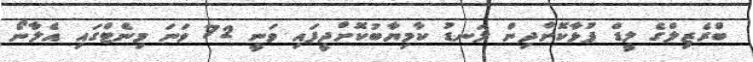
ބްރެޒިލްގެ ލީޑް ފުޅާކޮށްދިން ލަނޑު ކާމިޔާބުކޮށްދީފައި ވަނީ 72 ވަނަ މިނެޓްގައި އެލާނޯ